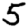
Digit: 5